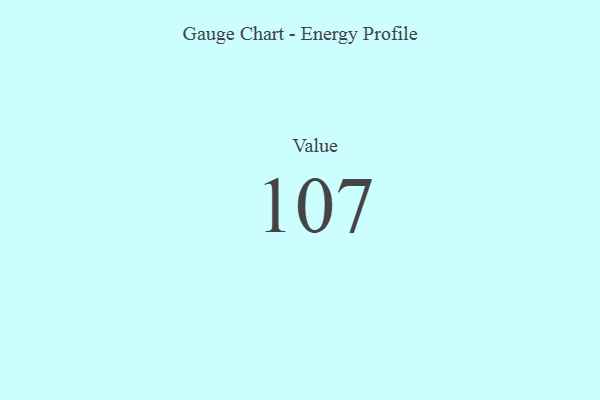
{"axis": {"x": "Metric", "y": "Value"}, "legend": [""], "data": [{"x": "Value", "y": 107, "type": ""}]}